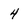
Character: 4